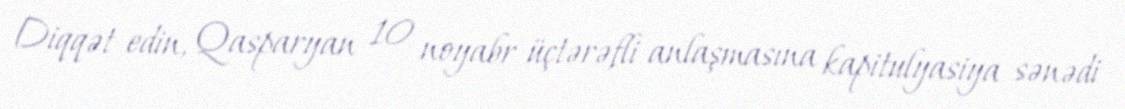
Diqqət edin, Qasparyan 10 noyabr üçtərəfli anlaşmasına kapitulyasiya sənədi